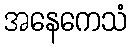
အနေကေသံ